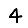
Digit: 4